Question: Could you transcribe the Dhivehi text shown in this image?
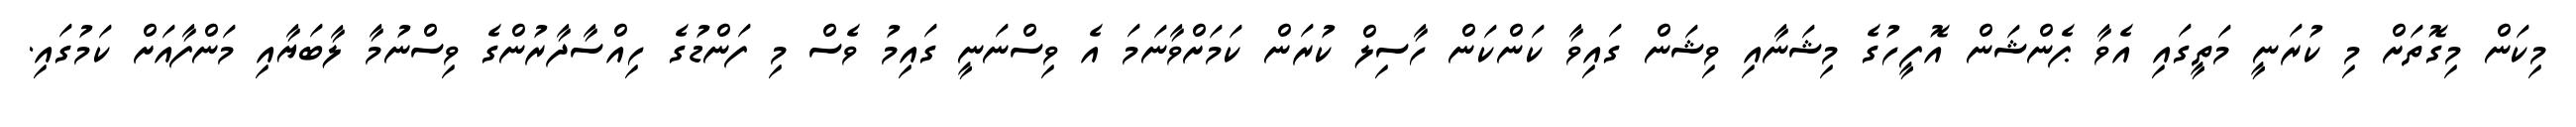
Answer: މިކަން މިގޮތަށް މި ކުރަނީ މަތީގައި އެވާ ޕެންޝަން އޮފީހުގެ މިޝަނާއި ވިޝަން ގައިވާ ކަންކަން ހާސިލް ކުރަން ކަމަށްވާނަމަ އެ ވިސްނަނީ ގައިމު ވެސް މި ފަންޑުގެ ހިއްސާދާރުންގެ ވިސްނުމާ ލާބަޔާއި މަންފާއަށް ކަމުގައި.